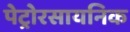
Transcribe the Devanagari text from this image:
पेट्रोरसायनिक